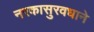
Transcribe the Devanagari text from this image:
नरकासुरवधाने